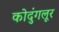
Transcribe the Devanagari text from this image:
कोदुंगलूर